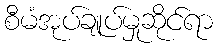
စီမံအုပ်ချုပ်မှုဆိုင်ရာ